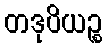
တဒုပိယဉ္စ